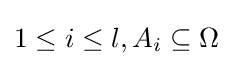
1\leq i\leq l,A_{i}\subseteq \Omega